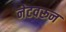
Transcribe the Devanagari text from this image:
नेटवरून